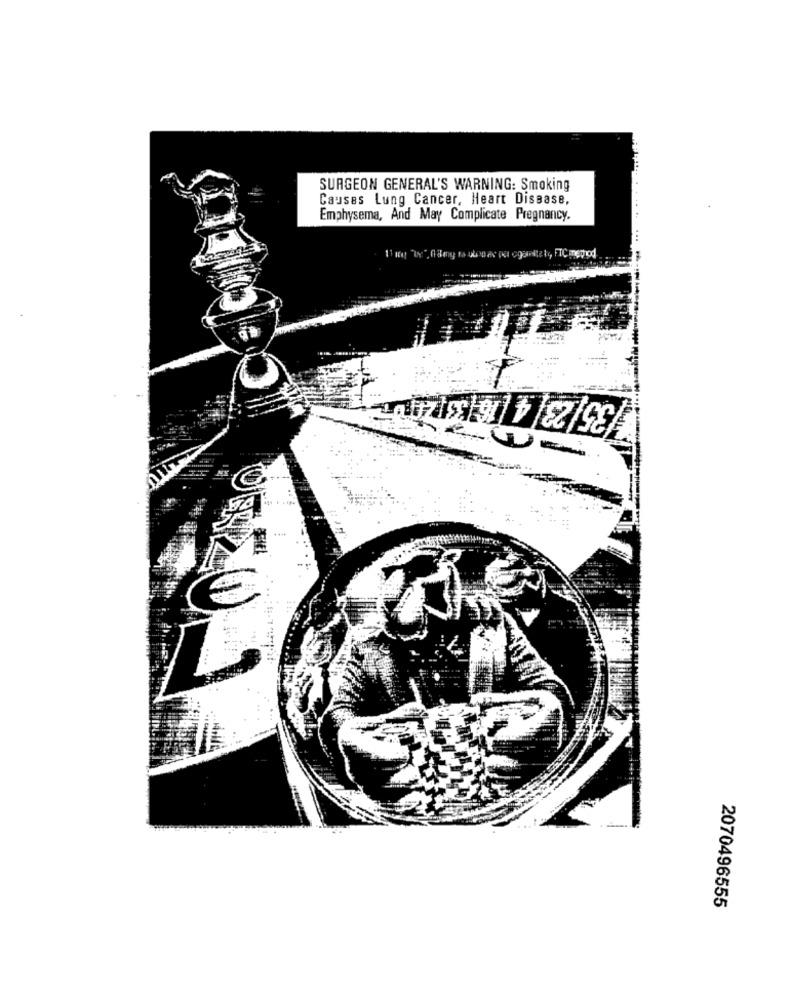
SURGEON GENERAL'S WARNING: Smoking
Causes Lung Cancer, Heart Disease,
Emphysema, And May Complicate Pregnancy.
11 KM "I" Mamy to ulpeace out egantal, FTCmetod
735| 23 4 16 3 400
2070496555